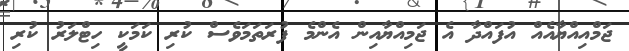
ޖަމްއިއްޔާއެއް އުފައްދާ އެ ޖަމިއްޔާއިން އެންމެ ފުރަތަމަވެސް ކުރި ކަމަކީ ހިޓްލަރު ކުރި